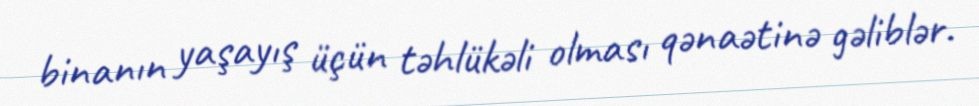
binanın yaşayış üçün təhlükəli olması qənaətinə gəliblər.